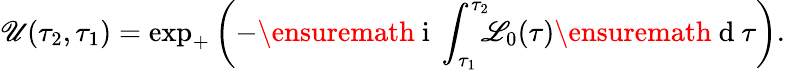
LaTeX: \mathscr{U}(\tau_{2},\tau_{1})=\exp_{+}\left(-\ensuremath{\mathrm{~i~}}\int_{\tau_{1}}^{\tau_{2}}\! \! \! \mathscr{L}_{0}(\tau)\ensuremath{\mathrm{~d~}}\tau\right).